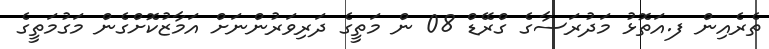
ތެރެއިން ފ.އަތޮޅު މަދުރަސާގެ ގްރޭޑް 08 ން މަތީގެ ދަރިވަރުންނަށް އަމާޒުކޮށްގެން މަގުމަތީގެ